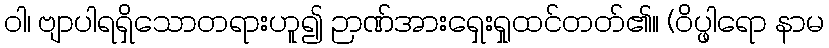
ဝါ၊ ဗျာပါရရှိသောတရားဟူ၍ ဉာဏ်အားရှေးရှုထင်တတ်၏။ (ဝိပ္ဖါရော နာမ